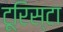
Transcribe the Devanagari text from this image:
टूरिस्टा